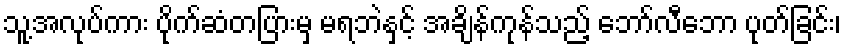
သူ့အလုပ်ကား ပိုက်ဆံတပြားမှ မရဘဲနှင့် အချိန်ကုန်သည့် ဘော်လီဘော ပုတ်ခြင်း၊